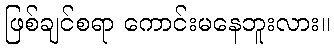
ဖြစ်ချင်စရာ ကောင်းမနေဘူးလား။